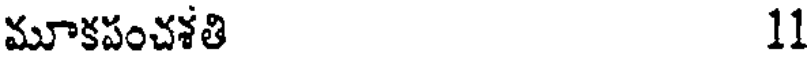
మూకపంచశతి 11